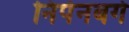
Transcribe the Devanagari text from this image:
निपेनबर्ग